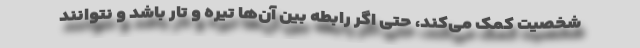
شخصیت کمک می‌‌کند، حتی اگر رابطه بین آن‌ها تیره و تار باشد و نتوانند